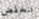
تنخفض